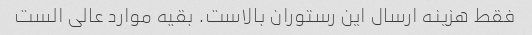
فقط هزینه ارسال این رستوران بالاست. بقیه موارد عالی الست